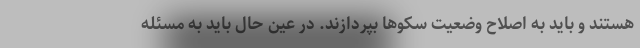
هستند و باید به اصلاح وضعیت سکوها بپردازند. در عین حال باید به مسئله